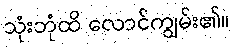
သုံးဘုံထိ လောင်ကျွမ်း၏။